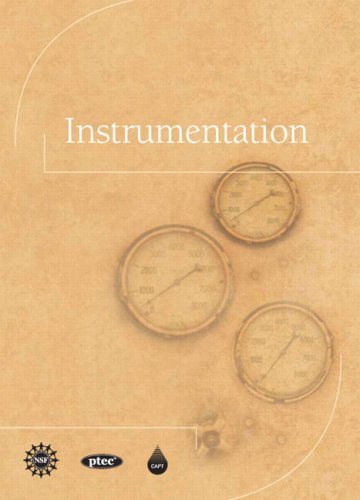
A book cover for Instrumentation; CAPT(Center for the Advancement of Process Tech)l; Engineering & Transportation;